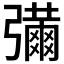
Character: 𢐶